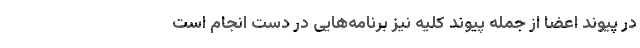
در پیوند اعضا از جمله پیوند كلیه نیز برنامه‌هایی در دست انجام است